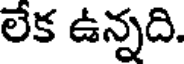
లేక ఉన్నది.